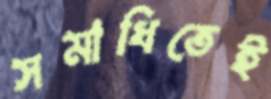
সমাধিতেই